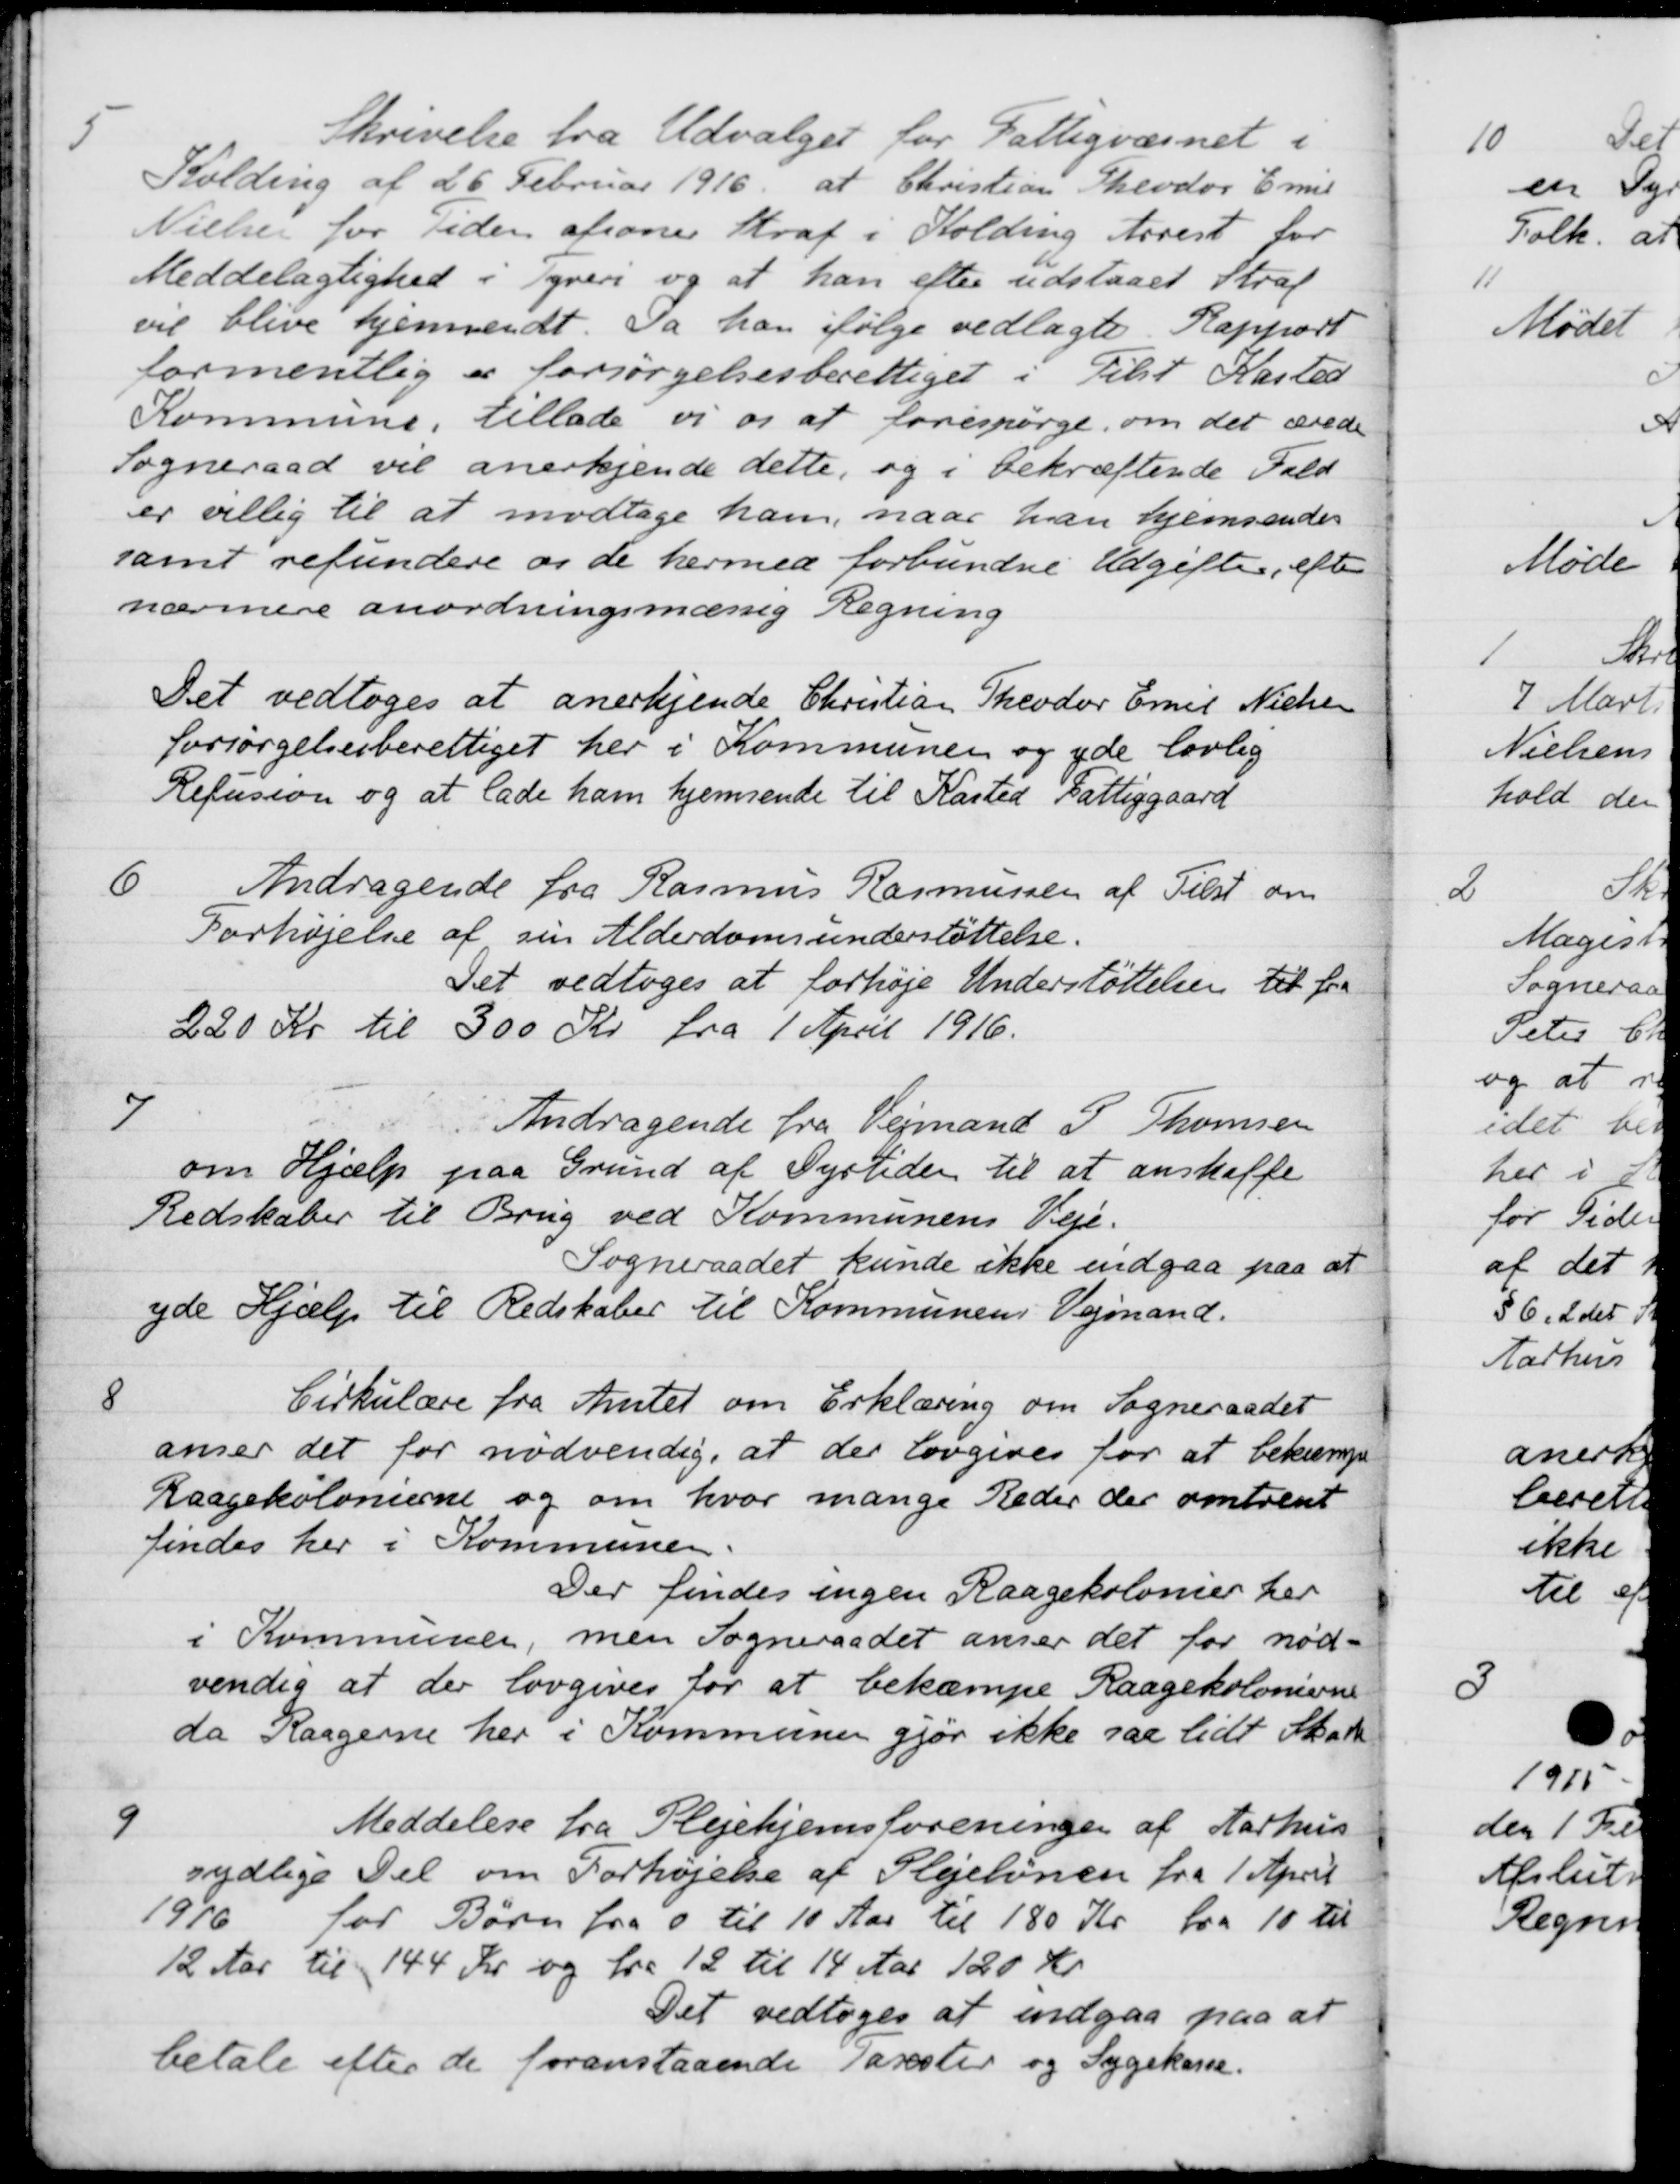
Transskription:
5
Skrivelse fra Udvalget for Fattigvæsnet i
Kolding af 26 Februar 1916 at Christian Theodor Emil
Nielsen for Tiden afsoner Straf i Kolding Arrest for
Meddelagtighed i Tyveri og at han efter udstaaet Straf
vil blive hjemsendt. Da han ifølge vedlagte Rapport
formentlig er forsørgelsesberettiget i Tilst Kasted
Kommune, tillade vi os at forespørge, om det ærede
Sogneraad vil anerkjende dette, og i bekræftende Fald
er villig til at modtage ham, naar han hjemsendes
samt refundere og de hermed forbundne Udgifter, efter
nærmere anordningsmæssig Regning
Det vedtoges at anerkjende Christian Theodor Emil Nielsen
forsørgelsesberettiget her i Kommunen og yde lovlig
Refusion og at lade ham hjemsende til Kasted Fattiggaard
6
Andragende fra Rasmus Rasmussen af Tilst om
Forhøjelse af sin Alderdomsunderstøttelse.
Det vedtoges at forhøje Understøttelsen til fra
220 Kr til 300 Kr fra 1 April 1916.
7
Andragende fra Vejmand P. Thomsen
om Hjælp paa Grund af Dyrtiden til at anskaffe
Redskaber til Brug ved Kommunens Veje.
Sogneraadet kunde ikke indgaa paa at
yde Hjælp til Redskaber til Kommunens Vejmand.
8
Cirkulære fra Amtet om Erklæring om Sogneraadet
anser det for nødvendig, at der lovgives for at bekæmpe
Raagekolonierne og om hvor mange Reder der omtrent
findes her i Kommunen.
Der findes ingen Raagekolonier her
i Kommunen, men Sogneraadet anser det for nød-
vendig at der lovgives for at bekæmpe Raagekolonierne
da Raagerne her i Kommunen gjør ikke saa lidt Skade
9
Meddelelse fra Plejehjemsforeningen af Aarhus
sydlige Del om Forhøjelse af Plejelønen fra 1 April
1916 for Børn fra 0 til 10 Aar til 180 Kr fra 10 til
12 Aar til 144 Kr og fra 12 til 14 Aar 120 Kr
Det vedtoges at indgaa paa at
betale efter de foranstaaende Taxster og Sygekasse